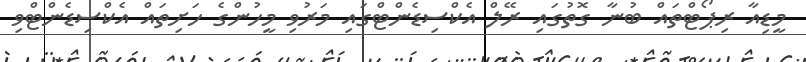
މީޑިއާ ރިޕޯޓްތައް ބުނާ ގޮތުގައި ރޭލް އެކްސިޑެންޓްގައި މަރުވި މީހުންގެ ހަށިތައް އެކްސިޑެންޓްވި